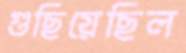
গুছিয়েছিল